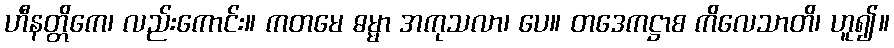
ဟီနတ္တိကေ၊ လည်းကောင်း။ ကတမေ ဓမ္မာ အကုသလာ၊ ပေ။ တဒေကဋ္ဌာစ ကိလေသာတိ၊ ဟူ၍။